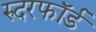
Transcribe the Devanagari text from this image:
रुदरफॉर्ड